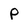
Character: p